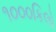
૧૦૦૦કિલો